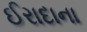
ઈરાદાના